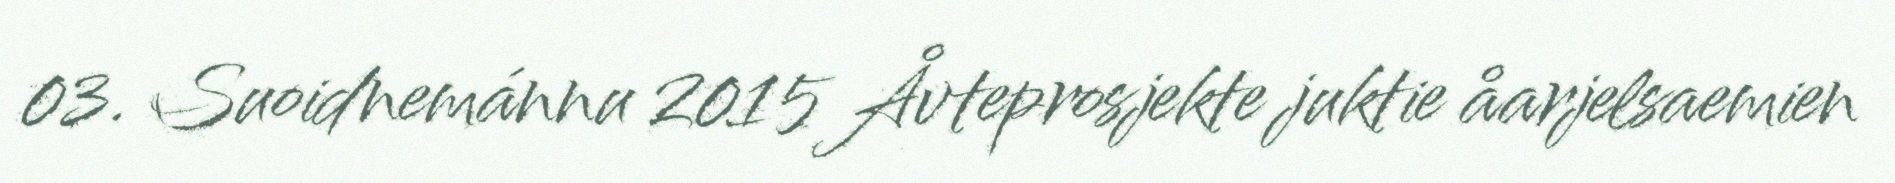
03. Suoidnemánnu 2015 Åvteprosjekte juktie åarjelsaemien